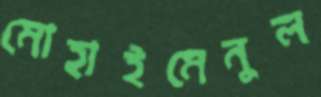
মোহাইমেনুল